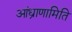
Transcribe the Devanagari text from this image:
आंध्राणामिति